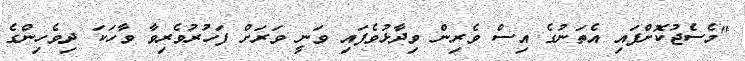
"މެސެޖުކޮށްފައި އެތަނުގެ އިސް ވެރިން ވިދާޅުވެފައި ވަނީ ވަރަށް ފަހުރުވެރިވާ ވާހަކަ ދިވެހިންގެ